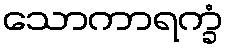
သောကာရက္ခံ